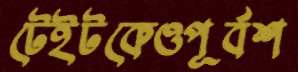
টেইটকেওপূর্বশ